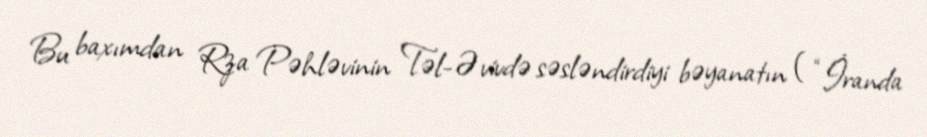
Bu baxımdan Rza Pəhləvinin Təl-Əvivdə səsləndirdiyi bəyanatın ( “İranda